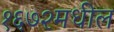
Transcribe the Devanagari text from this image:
१६७२मधील